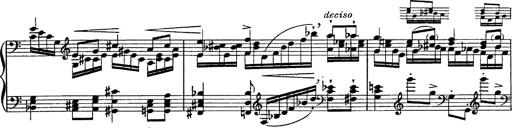
Title: Fantasie Ã¼ber Themen aus Mozarts Figaro und Don Giovanni
Composer: Franz Liszt